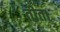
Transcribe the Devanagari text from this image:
तीता